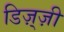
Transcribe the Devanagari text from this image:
डिज़्ज़ी